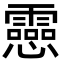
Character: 𫻝